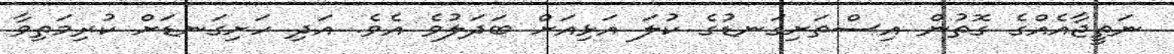
ނަތީޖާއެއްގެ ގޮތުން އިސްތަށިގަނޑުގެ ކުލަ އަޅިއަށް ބަދަލުވެ އެވެ. އަދި ހަށިގަނޑަށް ކުރިމަތިވާ